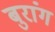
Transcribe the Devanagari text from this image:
बुरांग